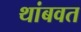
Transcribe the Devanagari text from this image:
थांबवत